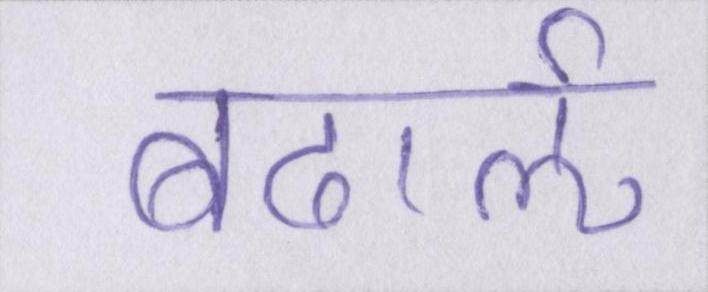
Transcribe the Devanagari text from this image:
बढार्ऌ